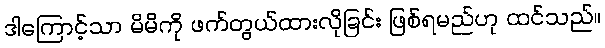
ဒါကြောင့်သာ မိမိကို ဖက်တွယ်ထားလိုခြင်း ဖြစ်ရမည်ဟု ထင်သည်။